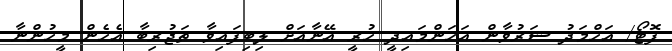
ފޮޓޯ/ އަހްމަދު ޝަރުވާން އަހަންމައިދީ ހުރީ އޭނާއަށް ލިބިފައިވާ ތަޖުރިބާ އެހެން މީހުންނާ